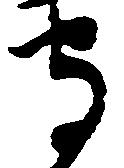
守